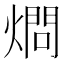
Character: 𱬅